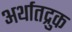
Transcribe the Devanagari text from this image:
अर्थातद्रुक